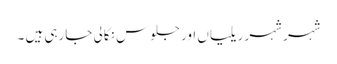
شہر شہر ریلیاں اور جلوس نکالی جارہی ہیں ۔